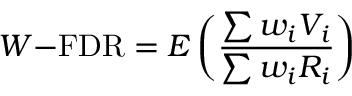
W { \mathrm { - F D R } } = E \left( { \frac { \sum w _ { i } V _ { i } } { \sum w _ { i } R _ { i } } } \right)